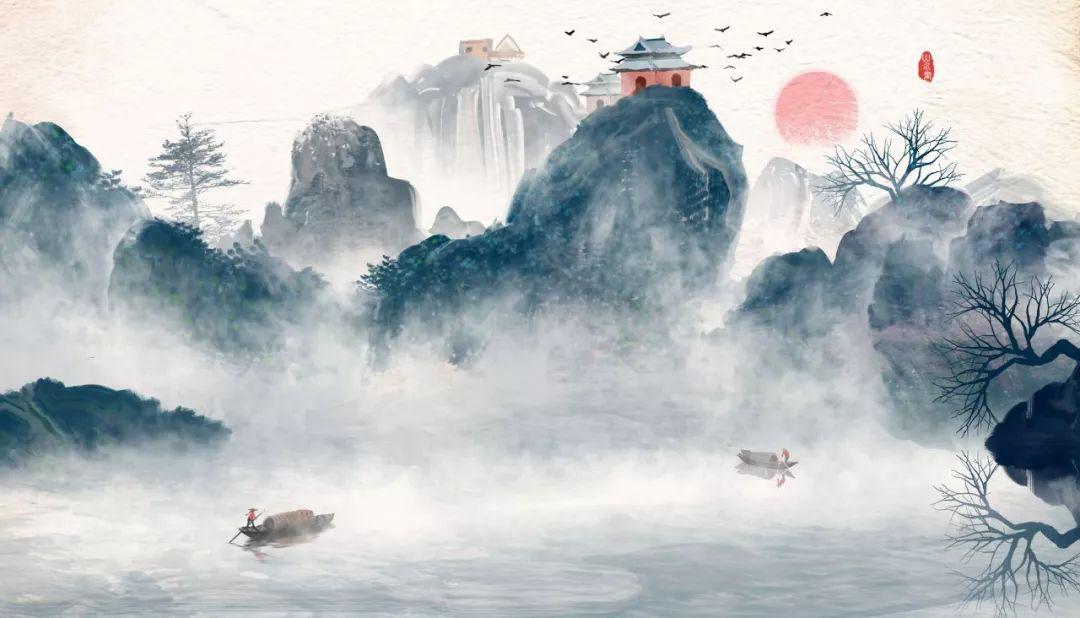
寂寞离亭掩，江山此夜寒。